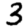
Digit: 3